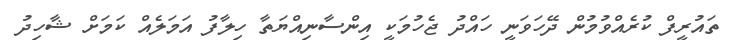
ތައުރީފް ކުރެއްވުމުން ދޭހަވަނީ ހައްދު ޖެހުމަކީ އިންސާނިއްޔަތާ ހިލާފު އަމަލެއް ކަމަށް ޝާހިދު